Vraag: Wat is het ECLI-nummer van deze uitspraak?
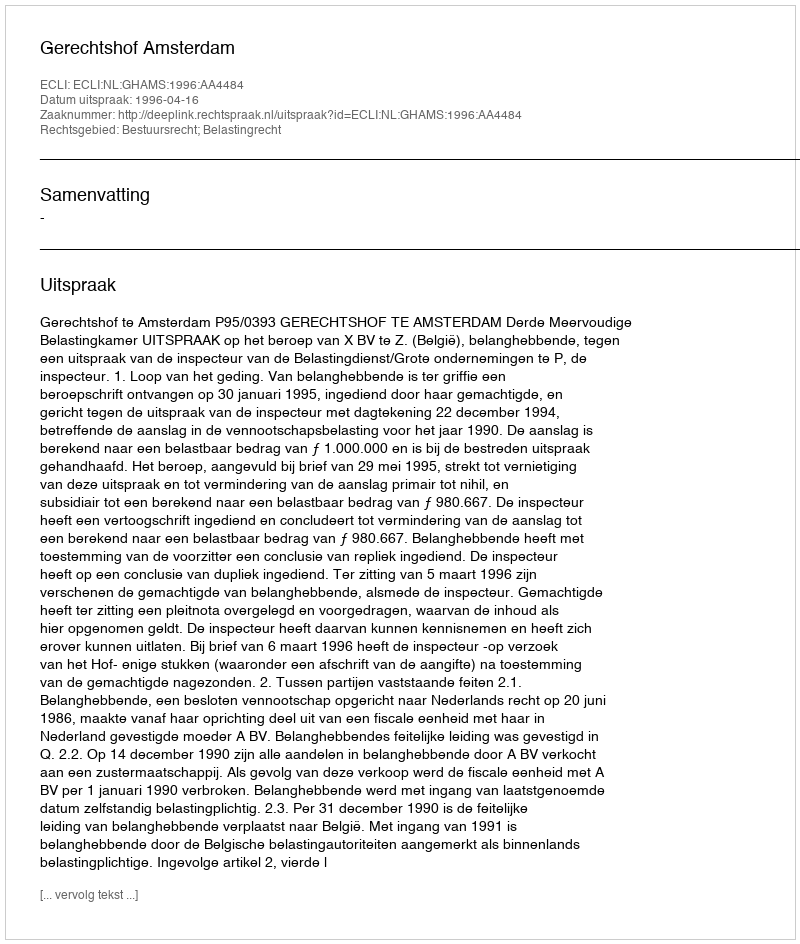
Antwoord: ECLI:NL:GHAMS:1996:AA4484